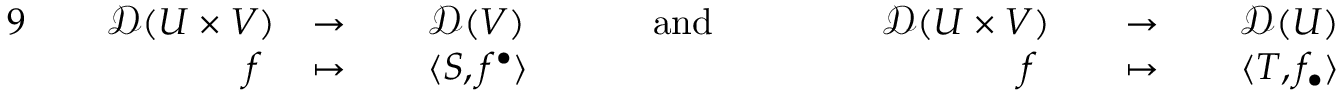
{ \begin{array} { r l r l r l r l r l r l r l r } { { 9 } \, } & { } & { { \mathcal { D } } ( U \times V ) } & { \to \, } & & { { \mathcal { D } } ( V ) } & & { \quad { \mathrm { ~ a n d ~ } } \quad } & & { \, } & { { \mathcal { D } } ( U \times V ) } & { } & { \to \, } & { } & { { \mathcal { D } } ( U ) } \\ & { } & { f \ } & { \mapsto \, } & & { \langle S , f ^ { \bullet } \rangle } & & { } & & { } & { f \ } & { } & { \mapsto \, } & { } & { \langle T , f _ { \bullet } \rangle } \end{array} }